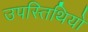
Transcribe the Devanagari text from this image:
उपस्तिथियों